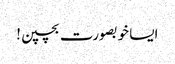
ایسا خوبصورت بچپن!